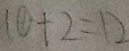
1 0 + 2 = 1 2